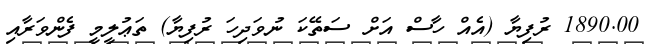
1890.00 ރުފިޔާ (އެއް ހާސް އަށް ސަތޭކަ ނުވަދިހަ ރުފިޔާ) ތަޢުލީމީ ފެންވަރާއި